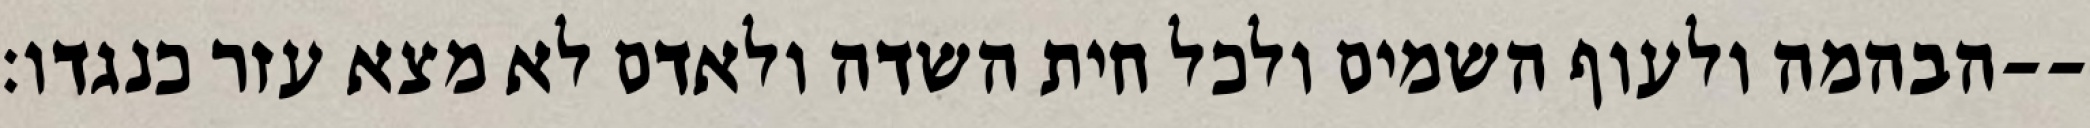
הבהמה ולעוף השמים ולכל חית השדה ולאדם לא מצא עזר כנגדו׃--